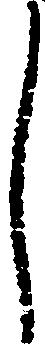
し